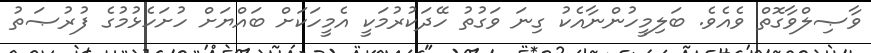
ވާޞިލްވާގޮތް ވެއެވެ. ބަލިމީހުންނާއެކު ގިނަ ވަގުތު ހޭދަކުރުމަކީ އެމީހަކަށް ބައްޔަށް ހުށަހެޅުމުގެ ފުރުޞަތު